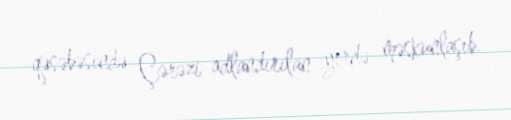
qəsəbəsində Çərəzi adlandırılan yerdə məskunlaşıb.